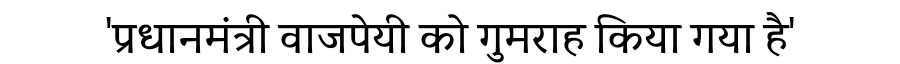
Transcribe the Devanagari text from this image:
'प्रधानमंत्री वाजपेयी को गुमराह किया गया है'